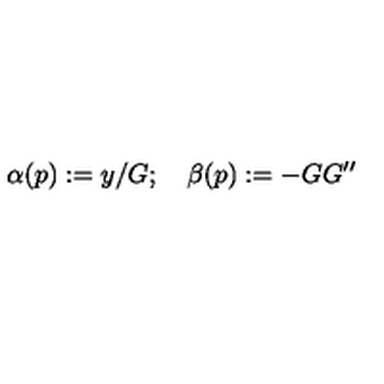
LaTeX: \alpha ( p ) : = y / G ; \quad \beta ( p ) : = - G G ^ { \prime \prime }